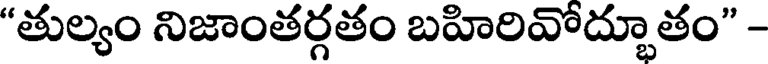
"తుల్యం నిజాంతర్గతం బహిరివోద్భూతం" -